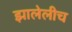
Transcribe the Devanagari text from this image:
झालेलीच